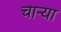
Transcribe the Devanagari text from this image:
चाऱ्या